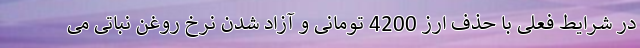
در شرایط فعلی با حذف ارز 4200 تومانی و آزاد شدن نرخ روغن نباتی می